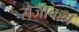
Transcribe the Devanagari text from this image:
रोजाकल